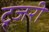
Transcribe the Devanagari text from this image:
ट्र्जरी